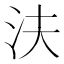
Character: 𰛎